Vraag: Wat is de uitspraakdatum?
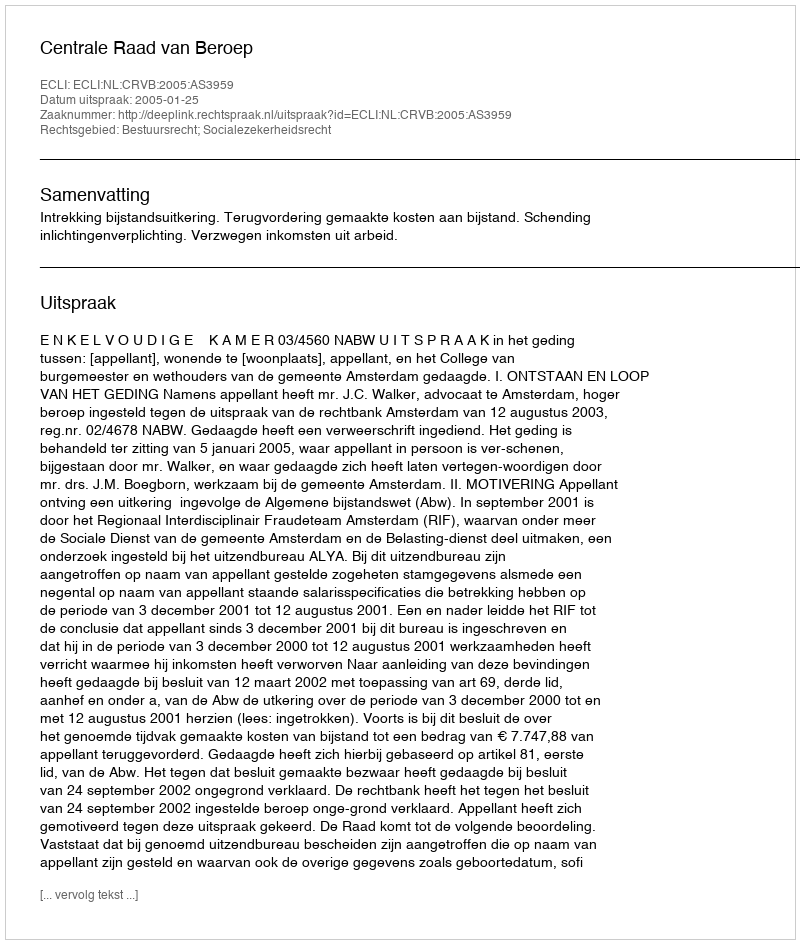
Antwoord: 2005-01-25